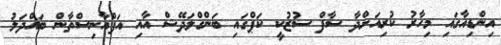
އިންޑިއާގައި މިހާރު ކުރިއަށްދާ ސާފް ސުޒުކީ ކަޕްގައި ބަންގްލަދޭޝް އާއި އަފްއާނިސްތާން ބައްދަލު